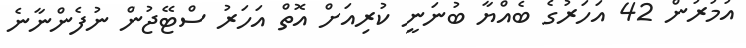
އުމުރުން 42 އަހަރުގެ ބެއްޔާ ބުނަނީ ކުރިއަށް އޮތް އަހަރު ސްޓޭޖުން ނުފެންނާނެ